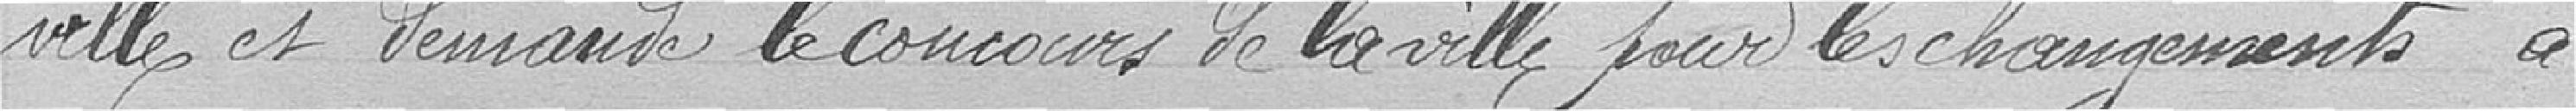
ville et demande le concours de la ville pour les changements à